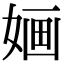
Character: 婳